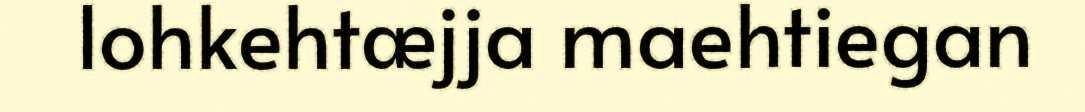
lohkehtæjja maehtiegan